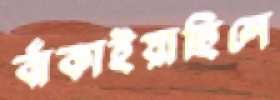
বাঁকাইয়াছিলে